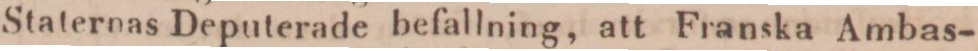
Staternas Deputerade befallning, att Franska Ambas-